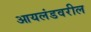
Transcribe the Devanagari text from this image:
आयलंडवरील